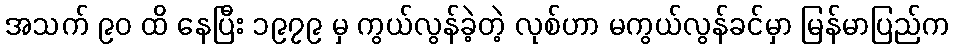
အသက် ၉၀ ထိ နေပြီး ၁၉၇၉ မှ ကွယ်လွန်ခဲ့တဲ့ လုစ်ဟာ မကွယ်လွန်ခင်မှာ မြန်မာပြည်က